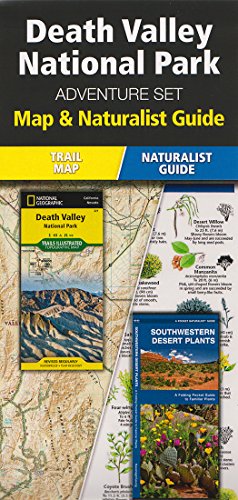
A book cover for Death Valley National Park Adventure Set; Travel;